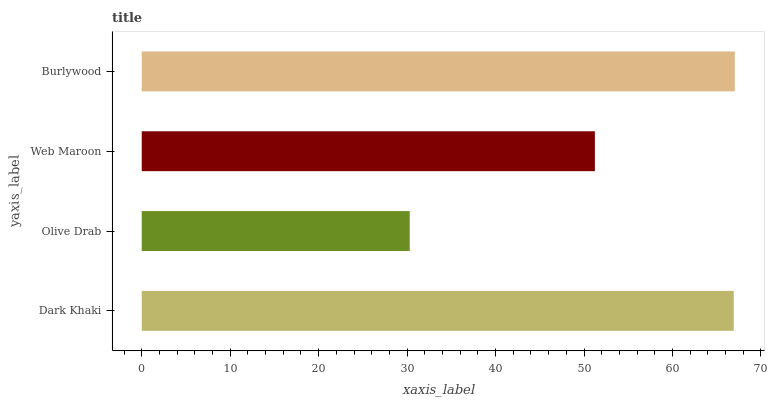
| yaxis_label | bars |
 | --- | --- |
 | Dark Khaki | 66.9 |
 | Olive Drab | 30.3 |
 | Web Maroon | 51.2 |
 | Burlywood | 67 |